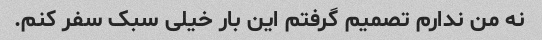
نه من ندارم تصمیم گرفتم این بار خیلی سبک سفر کنم.